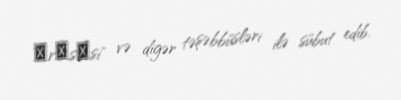
Рrоsеsi" və digər təşəbbüsləri ilə sübut edib.